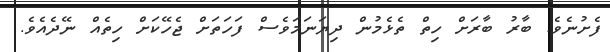
ފެށުނެވެ. ބާރު ބާރަށް ހިތް ތެޅެމުން ދިޔަނަމަވެސް ފަހަތަށް ޖެހޭކަށް ހިތެއް ނޭދެއެވެ.